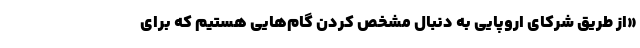
«از طریق شرکای اروپایی به دنبال مشخص کردن گام‌هایی هستیم که برای